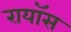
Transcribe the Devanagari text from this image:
रायॉस